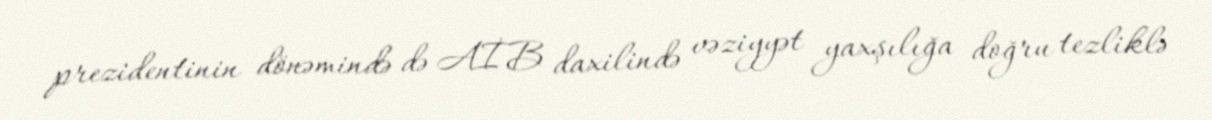
prezidentinin dönəmində də AİB daxilində vəziyyət yaxşılığa doğru tezliklə